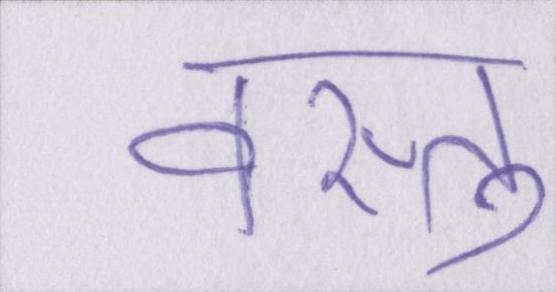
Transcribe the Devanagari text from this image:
वस्तु